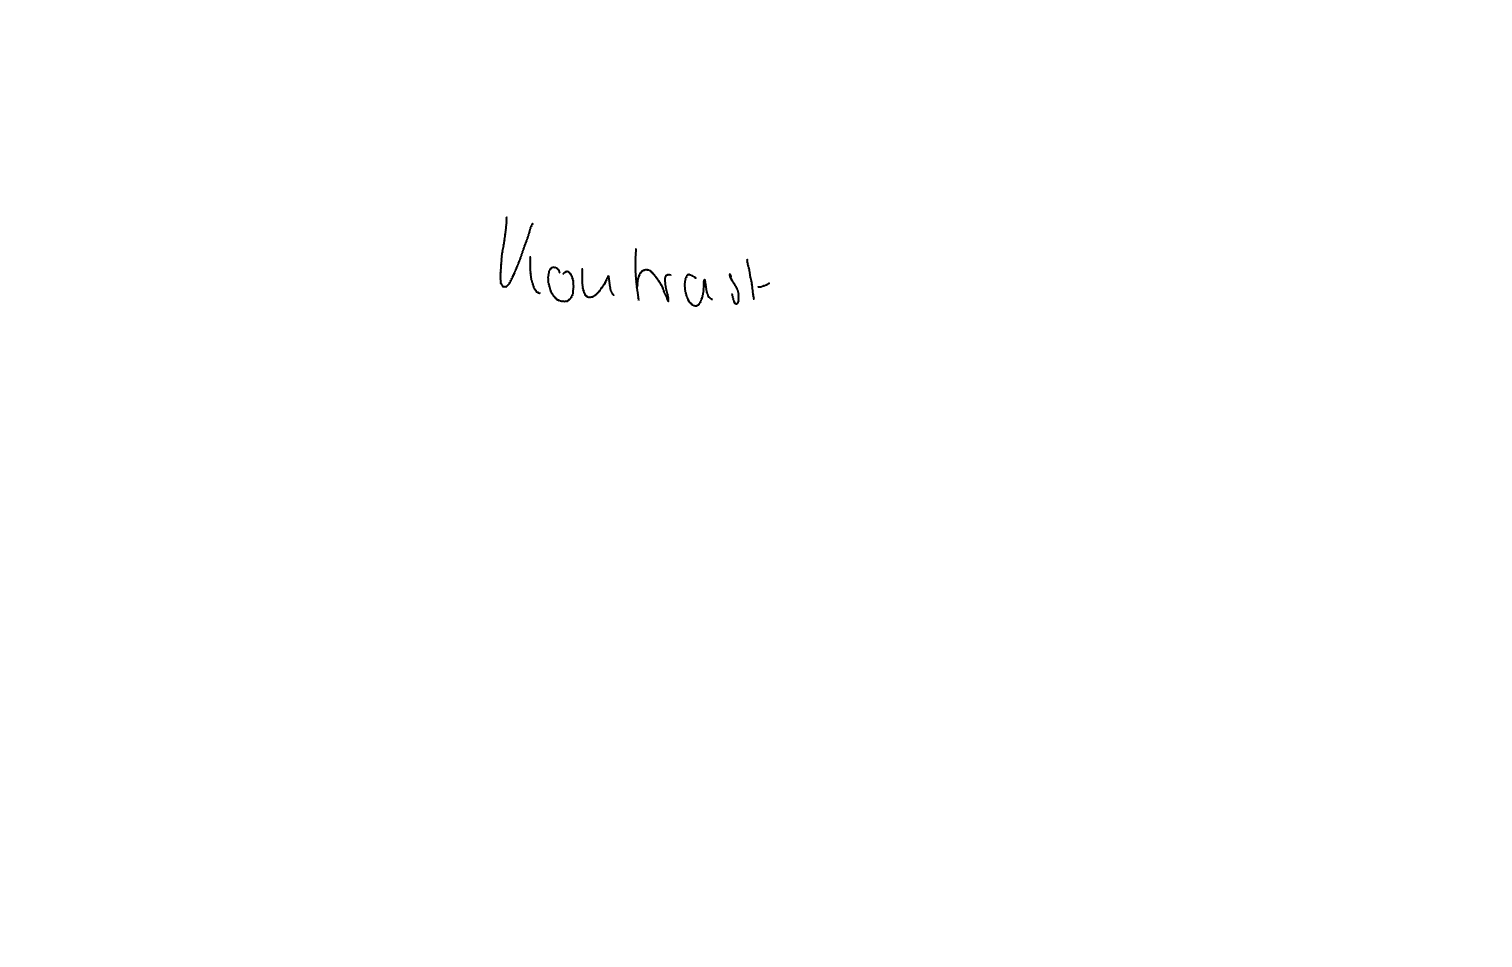
Text: Kontrast